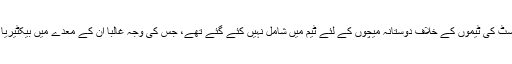
رابرٹ اینکے نومبر میں چلّی اورآئیوری کوسٹ کی ٹیموں کے خلاف دوستانہ میچوں کے لئے ٹیم میں شامل نہیں کئے گئے تھے، جس کی وجہ غالبا ان کے معدے میں بیکٹیریا کی وجہ سے پیدا ہونے والا ایک مرض تھا۔